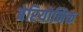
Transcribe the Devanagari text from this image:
बेरियोनिक